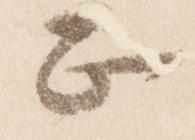
正